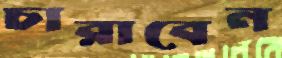
চারাবেন